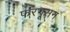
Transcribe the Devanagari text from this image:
फरगूसन